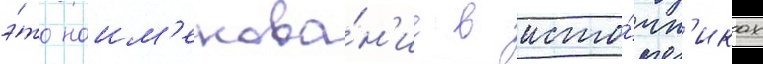
э́то наим'енова́н'ие в исто́чн'иках